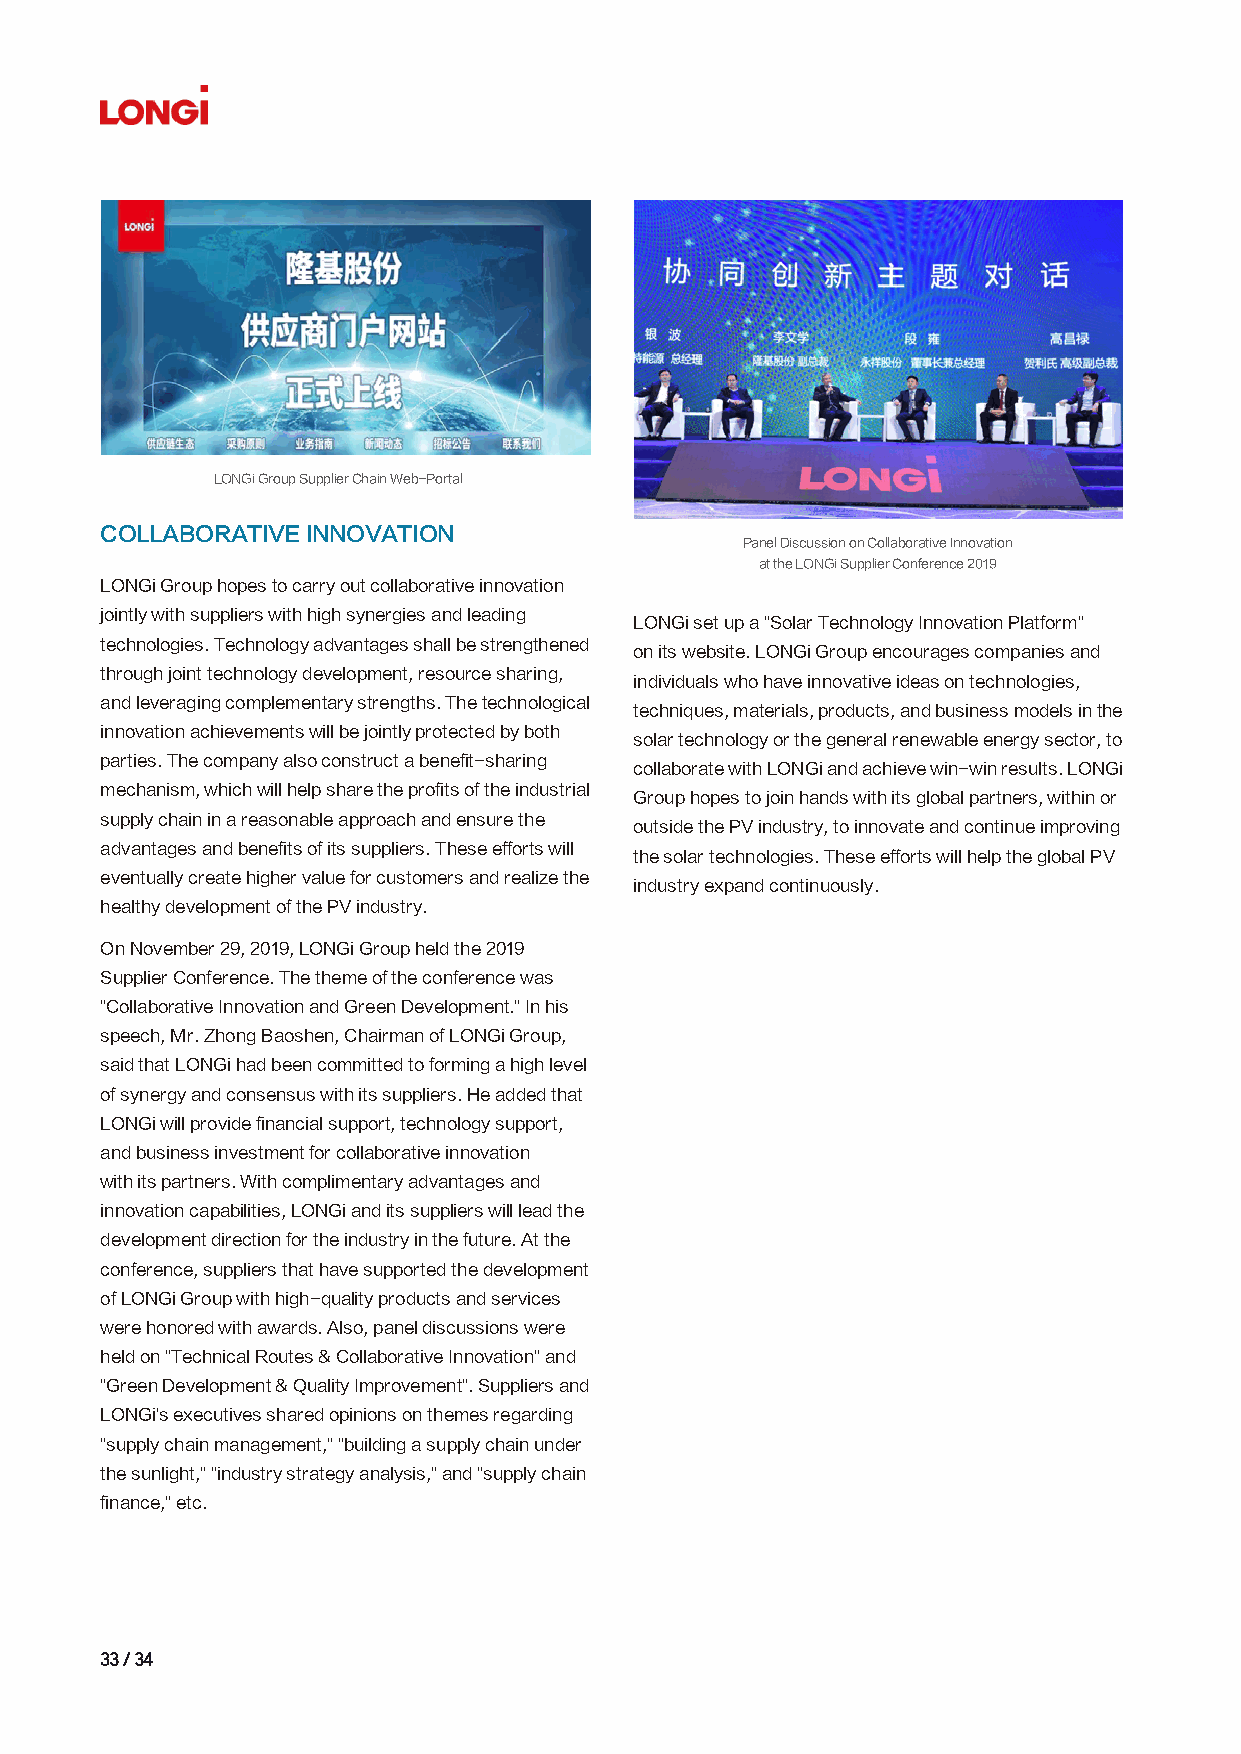
LONGi Group Supplier Chain Web-Portal
 COLLABORATIVE INNOVATION
 Panel Discussion on Collaborative Innovation
 at the LONGi Supplier Conference 2019
 LONGi Group hopes to carry out collaborative innovation
 jointly with suppliers with high synergies and leading
 LONGi set up a "Solar Technology Innovation Platform"
 technologies. Technology advantages shall be strengthened
 on its website. LONGi Group encourages companies and
 through joint technology development, resource sharing,
 individuals who have innovative ideas on technologies,
 and leveraging complementary strengths. The technological
 techniques, materials, products, and business models in the
 innovation achievements will be jointly protected by both
 solar technology or the general renewable energy sector, to
 parties. The company also construct a benefit-sharing
 collaborate with LONGi and achieve win-win results. LONGi
 mechanism, which will help share the profits of the industrial
 Group hopes to join hands with its global partners, within or
 supply chain in a reasonable approach and ensure the
 outside the PV industry, to innovate and continue improving
 advantages and benefits of its suppliers. These efforts will
 the solar technologies. These efforts will help the global PV
 eventually create higher value for customers and realize the
 industry expand continuously.
 healthy development of the PV industry.
 On November 29, 2019, LONGi Group held the 2019
 Supplier Conference. The theme of the conference was
 "Collaborative Innovation and Green Development." In his
 speech, Mr. Zhong Baoshen, Chairman of LONGi Group,
 said that LONGi had been committed to forming a high level
 of synergy and consensus with its suppliers. He added that
 LONGi will provide financial support, technology support,
 and business investment for collaborative innovation
 with its partners. With complimentary advantages and
 innovation capabilities, LONGi and its suppliers will lead the
 development direction for the industry in the future. At the
 conference, suppliers that have supported the development
 of LONGi Group with high-quality products and services
 were honored with awards. Also, panel discussions were
 held on "Technical Routes & Collaborative Innovation" and
 "Green Development & Quality Improvement". Suppliers and
 LONGi's executives shared opinions on themes regarding
 "supply chain management," "building a supply chain under
 the sunlight," "industry strategy analysis," and "supply chain
 finance," etc.
 3333 // 3344